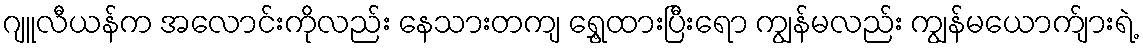
ဂျူလီယန်က အလောင်းကိုလည်း နေသားတကျ ရွှေ့ထားပြီးရော ကျွန်မလည်း ကျွန်မယောက်ျားရဲ့